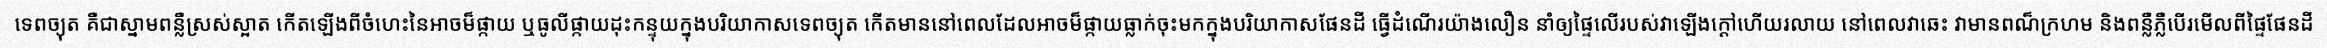
ទេពច្យុត គឺជាស្នាមពន្លឺស្រស់ស្អាត កើតឡើងពីចំហេះនៃអាចម៏ផ្កាយ ឬធូលីផ្កាយដុះកន្ទុយក្នុងបរិយាកាសទេពច្យុត កើតមាននៅពេលដែលអាចម៏ផ្កាយធ្លាក់ចុះមកក្នុងបរិយាកាសផែនដី ធ្វើដំណើរយ៉ាងលឿន នាំឲ្យផ្ទៃលើរបស់វាឡើងក្តៅហើយរលាយ នៅពេលវាឆេះ វាមានពណ៏ក្រហម និងពន្លឺភ្លឺបើរមើលពីផ្ទៃផែនដី